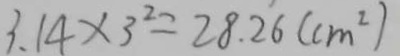
3 . 1 4 \times 3 ^ { 2 } = 2 8 . 2 6 ( c m ^ { 2 } )